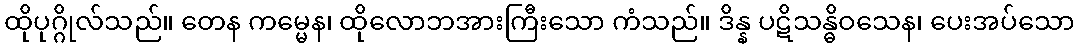
ထိုပုဂ္ဂိုလ်သည်။ တေန ကမ္မေန၊ ထိုလောဘအားကြီးသော ကံသည်။ ဒိန္န ပဋိသန္ဓိဝသေန၊ ပေးအပ်သော